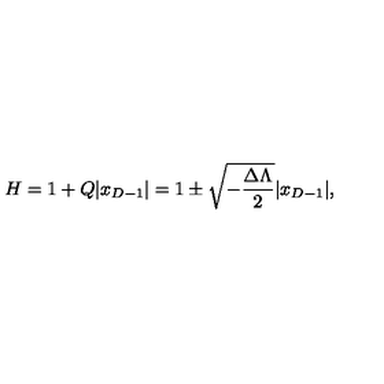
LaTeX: H = 1 + Q | x _ { D - 1 } | = 1 \pm \sqrt { - { \frac { \Delta \Lambda } { 2 } } } | x _ { D - 1 } | ,